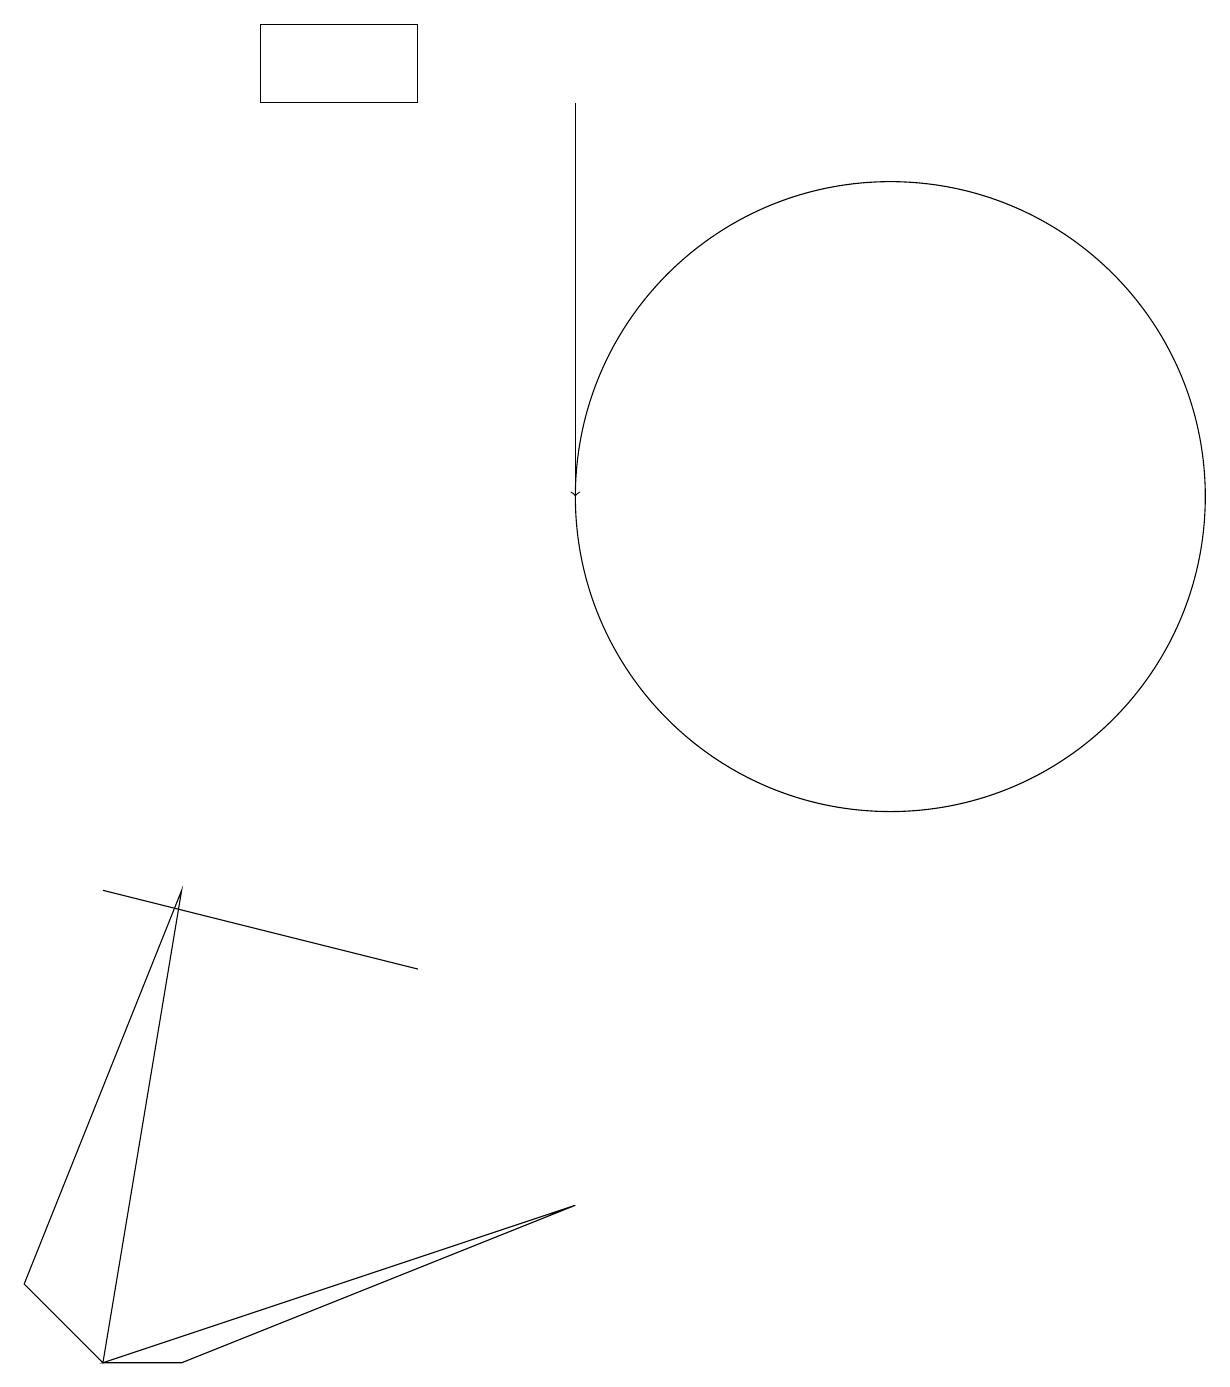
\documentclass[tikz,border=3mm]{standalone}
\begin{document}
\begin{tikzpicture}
\draw (12,11) circle (4);
\draw[->] (8,16) -- (8,11);
\draw (3,6) -- (1,1) -- (2,0) -- cycle;
\draw (2,0) -- (8,2) -- (3,0) -- cycle;
\draw (2,6) -- (6,5) -- (2,6) -- cycle;
\draw (6,17) rectangle (4,16);
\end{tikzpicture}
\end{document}